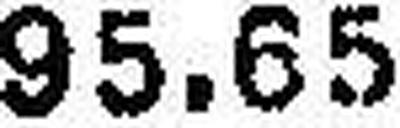
95.65